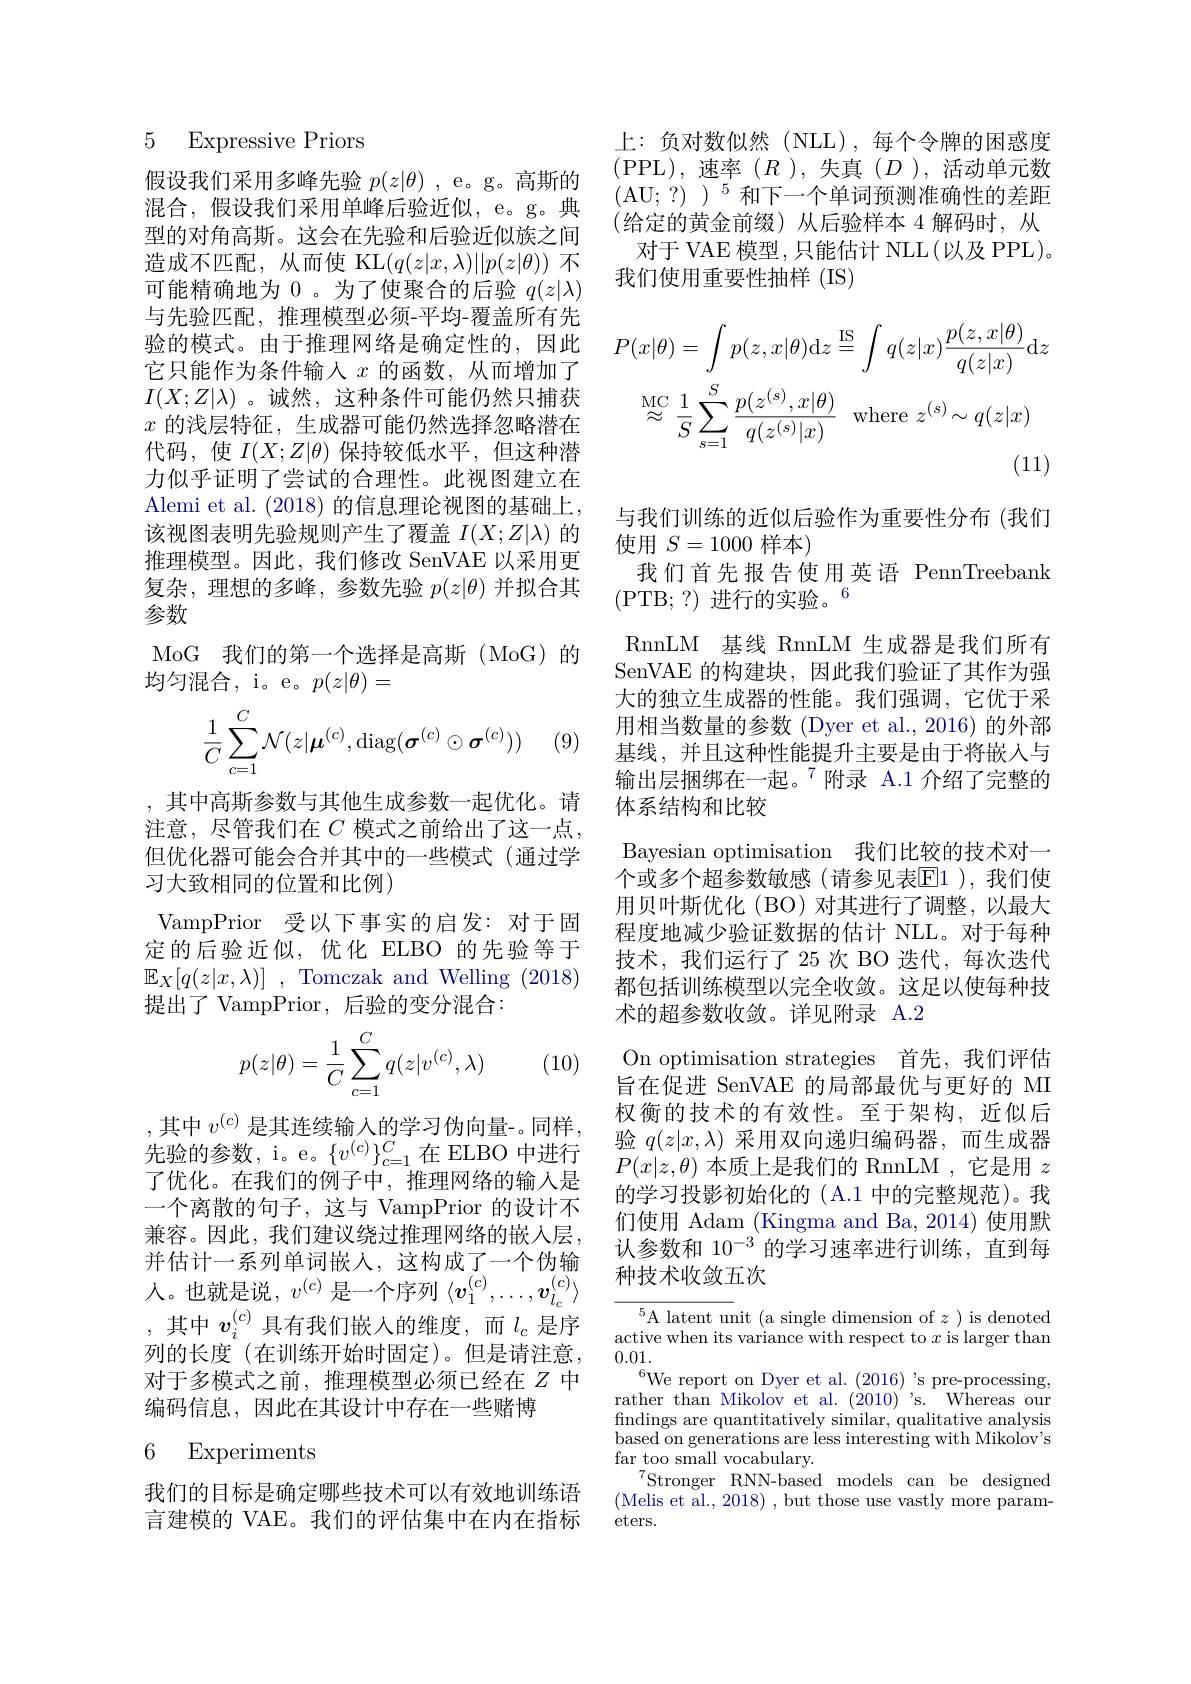
5 Expressive Priors

假设我们采用多峰先验$p(z|\theta)$ , e。g。高斯的混合，假设我们采用单峰后验近似，e。g。典型的对角高斯。这会在先验和后验近似族之间造成不匹配，从而使 KL$(q(z|x,\lambda)||p(z|\theta))$不可能精确地为 0 。为了使聚合的后验$q(z|\lambda)$ 与先验匹配，推理模型必须-平均-覆盖所有先验的模式。由于推理网络是确定性的，因此它只能作为条件输入$x$的函数，从而增加了$I(X;Z|\lambda)$ 。诚然，这种条件可能仍然只捕获$x$的浅层特征，生成器可能仍然选择忽略潜在代码，使$I(X;Z|\theta)$保持较低水平，但这种潜力似乎证明了尝试的合理性。此视图建立在Alemi et al. (2018) 的信息理论视图的基础上， 该视图表明先验规则产生了覆盖$I(X;Z|\lambda)$的推理模型。因此，我们修改 SenVAE 以采用更复杂，理想的多峰，参数先验$p(z|\theta)$并拟合其参数
MoG 我们的第一个选择是高斯 (MoG)的
均匀混合，i。e。$p(z|\theta)=$
$$\frac{1}{C}\sum_{c=1}^{C}\mathcal{N}(z|\boldsymbol{\mu}^{(c)},\mathrm{diag}(\boldsymbol{\sigma}^{(c)}\odot\boldsymbol{\sigma}^{(c)}))$$
(9

,其中高斯参数与其他生成参数一起优化。请注意，尽管我们在$C$模式之前给出了这一点但优化器可能会合并其中的一些模式(通过学习大致相同的位置和比例)

VampPrior 受以下事实的启发：对于固定的后验近似，优化 ELBO 的先验等于$\mathbb{E} _X[ q( z| x, \lambda ) ]$ ,Tomczak and Welling (2018) 提出了 VampPrior, 后验的变分混合：
$$\begin{aligned}p(z|\theta)=\frac{1}{C}\sum_{c=1}^{C}q(z|v^{(c)},\lambda)\end{aligned}$$
(10)

,其中$v^(c)$是其连续输入的学习伪向量-。同样， 先验的参数，i。e。$\{v^{(c)}\}_{c=1}^C$在 ELBO 中进行了优化。在我们的例子中，推理网络的输入是一个离散的句子，这与 VampPrior 的设计不兼容。因此，我们建议绕过推理网络的嵌入层， 并估计一系列单词嵌人，这构成了一个伪输人。也就是说，$v^(c)$是一个序列$\langle v_1^(c),\ldots,v_{l_c}^{(c)}\rangle$ ,其中$v_i^{(c)}$具有我们嵌人的维度，而$l_c$是序列的长度(在训练开始时固定)。但是请注意， 对于多模式之前，推理模型必须已经在$Z$中编码信息，因此在其设计中存在一些赌博

# 6 Experiments

我们的目标是确定哪些技术可以有效地训练语言建模的 VAE。我们的评估集中在内在指标

上：负对数似然(NLL),每个令牌的困惑度(PPL),速率($R$),失真$(D$),活动单元数(AU;?)$)^5$和下一个单词预测准确性的差距(给定的黄金前缀)从后验样本 4 解码时，从
对于 VAE 模型 , 只能估计 NLL(以及 PPL)。
我们使用重要性抽样(IS)
$$P(x|\theta)=\int p(z,x|\theta)\mathrm{d}z\stackrel{\mathrm{IS}}{=}\int q(z|x)\frac{p(z,x|\theta)}{q(z|x)}\mathrm{d}z\\\stackrel{\mathrm{MC}}{\approx}\frac{1}{S}\sum_{s=1}^{S}\frac{p(z^{(s)},x|\theta)}{q(z^{(s)}|x)}\quad\mathrm{where}\:z^{(s)}\sim q(z|x)$$
与我们训练的近似后验作为重要性分布 (我们
使用$S=1000$样本)
我们首先报告使用英语 PennTreebank
(PTB;?)进行的实验。6
RnnLM 基线 RnnLM 生成器是我们所有SenVAE 的构建块，因此我们验证了其作为强大的独立生成器的性能。我们强调，它优于采用相当数量的参数(Dyer et al.,2016)的外部基线，并且这种性能提升主要是由于将嵌入与输出层捆绑在一起。$^{7}$附录 A.1 介绍了完整的体系结构和比较
Bayesian optimisation 我们比较的技术对一个或多个超参数敏感(请参见表$\overline{\mathrm{E}}1$ ),我们使用贝叶斯优化(BO)对其进行了调整，以最大程度地减少验证数据的估计 NLL。对于每种技术，我们运行了 25 次 BO 迭代，每次迭代都包括训练模型以完全收敛。这足以使每种技术的超参数收敛。详见附录 A.2
On optimisation strategies 首先，我们评估旨在促进 SenVAE 的局部最优与更好的 MI 权衡的技术的有效性。至于架构，近似后验$q(z|x,\lambda)$采用双向递归编码器，而生成器$P(x|z,\theta)$本质上是我们的 RnnLM ,它是用$z$ 的学习投影初始化的(A.1 中的完整规范)。我们使用 Adam (Kingma and Ba, 2014) 使用默认参数和 10$^{-3}$的学习速率进行训练，直到每种技术收敛五次

$\overline{{^5\text{A latent un}}}$it (a single dimension of $z$ )is denoted active when its variance with respect to $x$ is larger than 0.01.
$^{6}$We report on Dyer et al. (2016)'s pre-processing, rather than Mikolov et al. (2010)'s. Whereas our $\operatorname*{findings~are~quantitatively~similar,~qualitative~analysis}$ $\begin{array}{c}{\mathrm{based~on~generations~are~less~interesting~with~Mikolov's}}\\{\mathrm{based~on~generations~are~less~interesting~with~Mikolov's}}\end{array}$ far too small vocabulary.
$^{7}$Stronger RNN-based models canbe designed (Melis et al., 2018) , but those use vastly more parameters.